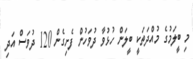
މި ބީލަމުގެ މުއްދަތަކީ ބީލަން ހުޅުވާ ދުވަހުން ފެށިގެން 120 ދުވަސް އަދި